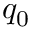
q _ { 0 }